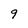
Character: 9